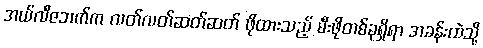
အယ်လီဇဘက်က လတ်လတ်ဆတ်ဆတ် ဖိုထားသည့် မီးဖိုတစ်ခုရှိရာ အခန်းထဲသို့